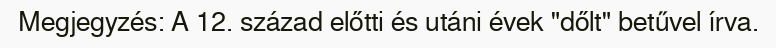
Megjegyzés: A 12. század előtti és utáni évek "dőlt" betűvel írva.